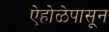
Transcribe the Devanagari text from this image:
ऐहोळेपासून